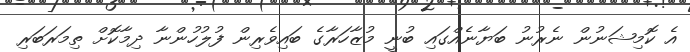
އެ ކޮމިޝަނުން ނެރުނު ބަޔާނެއްގައި ބުނީ މުޒާހަރާގެ ބައިވެރިން ފުލުހުންނާ ދިމާކޮށް ތިމަރަބަރި